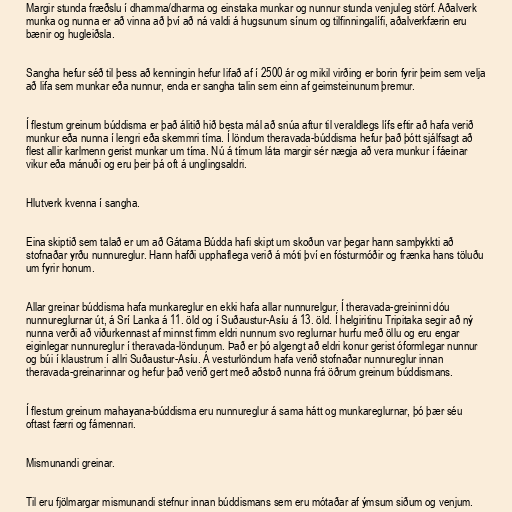
Margir stunda fræðslu í dhamma/dharma og einstaka munkar og nunnur stunda venjuleg störf. Aðalverk
munka og nunna er að vinna að því að ná valdi á hugsunum sínum og tilfinningalífi, aðalverkfærin eru
bænir og hugleiðsla.

Sangha hefur séð til þess að kenningin hefur lifað af í 2500 ár og mikil virðing er borin fyrir þeim sem velja
að lifa sem munkar eða nunnur, enda er sangha talin sem einn af geimsteinunum þremur.

Í flestum greinum búddisma er það álitið hið besta mál að snúa aftur til veraldlegs lífs eftir að hafa verið
munkur eða nunna í lengri eða skemmri tíma. Í löndum theravada-búddisma hefur það þótt sjálfsagt að
flest allir karlmenn gerist munkar um tíma. Nú á tímum láta margir sér nægja að vera munkur í fáeinar
vikur eða mánuði og eru þeir þá oft á unglingsaldri.

Hlutverk kvenna í sangha.

Eina skiptið sem talað er um að Gátama Búdda hafi skipt um skoðun var þegar hann samþykkti að
stofnaðar yrðu nunnureglur. Hann hafði upphaflega verið á móti því en fósturmóðir og frænka hans töluðu
um fyrir honum.

Allar greinar búddisma hafa munkareglur en ekki hafa allar nunnurelgur. Í theravada-greininni dóu
nunnureglurnar út, á Srí Lanka á 11. öld og í Suðaustur-Asíu á 13. öld. Í helgiritinu Tripitaka segir að ný
nunna verði að viðurkennast af minnst fimm eldri nunnum svo reglurnar hurfu með öllu og eru engar
eiginlegar nunnureglur í theravada-löndunum. Það er þó algengt að eldri konur gerist óformlegar nunnur
og búi í klaustrum í allri Suðaustur-Asíu. Á vesturlöndum hafa verið stofnaðar nunnureglur innan
theravada-greinarinnar og hefur það verið gert með aðstoð nunna frá öðrum greinum búddismans.

Í flestum greinum mahayana-búddisma eru nunnureglur á sama hátt og munkareglurnar, þó þær séu
oftast færri og fámennari.

Mismunandi greinar.

Til eru fjölmargar mismunandi stefnur innan búddismans sem eru mótaðar af ýmsum siðum og venjum.